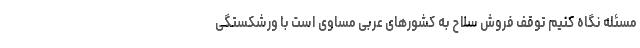
مسئله نگاه کنیم توقف فروش سلاح به کشورهای عربی مساوی است با ورشکستگی